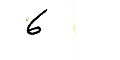
6